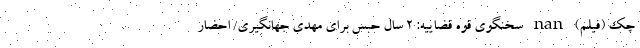
چک (فیلم) nan سخنگوی قوه قضاییه: 2 سال حبس برای مهدی جهانگیری/ احضار